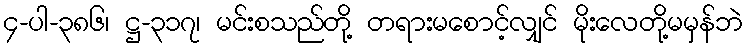
၄-ပါ-၃၈၆၊ ဋ္ဌ-၃၁၇၊ မင်းစသည်တို့ တရားမစောင့်လျှင် မိုးလေတို့မမှန်ဘဲ